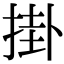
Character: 掛